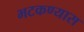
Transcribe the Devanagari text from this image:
भटकण्यास